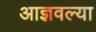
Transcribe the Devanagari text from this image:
आज्ञवल्या